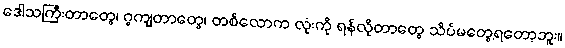
ဒေါသကြီးတာတွေ၊ ဂွကျတာတွေ၊ တစ်လောက လုံးကို ရန်လိုတာတွေ သိပ်မတွေ့ရတော့ဘူး။